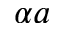
\alpha a